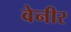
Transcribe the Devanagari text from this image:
वेनीर